Report on vaccination in the Province of Bengal - 1869-1873
Year: 1869
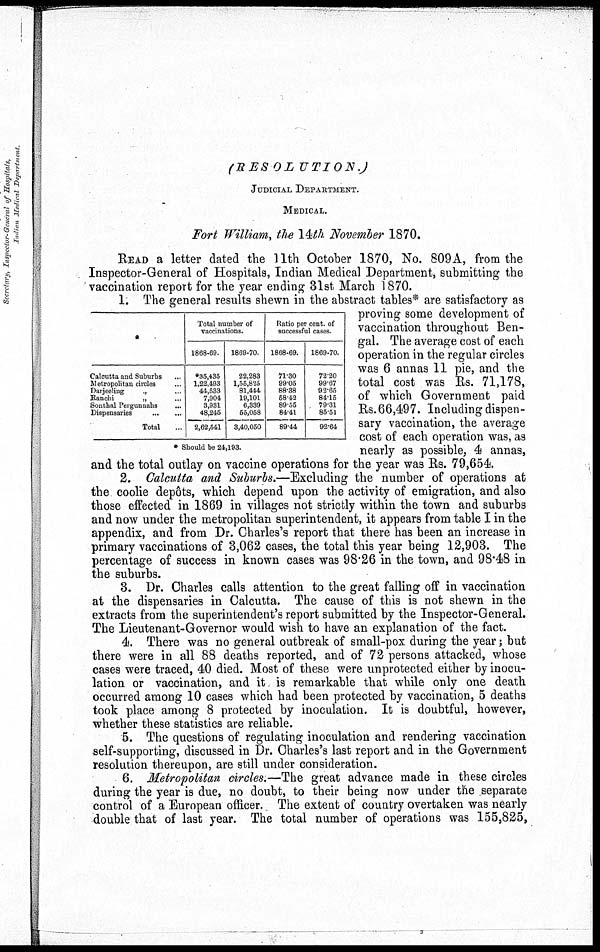
(RESOLUTION.)
JUDICIAL DEPARTMENT.
MEDICAL.
Fort William, the 14th November 1870.
READ a letter dated the 11th October 1870, No. 809A, from the
Inspector-General of Hospitals, Indian Medical Department, submitting the
vaccination report for the year ending 31st March 1870.
*
Calcutta and Suburbs ...
Metropolitan circles ...
Darjeeling
„ ...
Ranchi
„ ...
Sonthal Pergunnahs ...
Dispensaries
...
...
Total ...
Total number of
vaccinations.
1868-69.
*35,435
1,22,493
44,533
7,904
3,931
48,245
2,62,541
1869-70.
22,283
1,55,835
81,444
19,101
6,339
55,058
3,40,050
Ratio per cent. of
successful cases.
1868-69.
71.30
99.05
88.38
58.42
89.55
84.41
89.44
1869-70.
72.20
99.67
92.65
84.15
79.31
85.51
92.64
* Should be 24,193.
1. The general results shewn in the abstract tables* are satisfactory as
proving some development of
vaccination throughout Ben-
gal. The average cost of each
operation in the regular circles
was 6 annas 11 pie, and the
total cost was Rs. 71,178,
of which Government paid
Rs. 66,497. Including dispen-
sary vaccination, the average
cost of each operation was, as
nearly as possible, 4 annas,
and the total outlay on vaccine operations for the year was Rs. 79,654.
2. Calcutta and Suburbs.—Excluding the number of operations at
the coolie depôts, which depend upon the activity of emigration, and also
those effected in 1869 in villages not strictly within the town and suburbs
and now under the metropolitan superintendent, it appears from table I in the
appendix, and from Dr. Charles's report that there has been an increase in
primary vaccinations of 3,062 cases, the total this year being 12,903. The
percentage of success in known cases was 98.26 in the town, and 98.48 in
the suburbs.
3. Dr. Charles calls attention to the great falling off in vaccination
at the dispensaries in Calcutta. The cause of this is not shewn in the
extracts from the superintendent's report submitted by the Inspector-General.
The Lieutenant-Governor would wish to have an explanation of the fact.
4. There was no general outbreak of small-pox during the year; but
there were in all 88 deaths reported, and of 72 persons attacked, whose
cases were traced, 40 died. Most of these were unprotected either by inocu-
lation or vaccination, and it is remarkable that while only one death
occurred among 10 cases which had been protected by vaccination, 5 deaths
took place among 8 protected by inoculation. It is doubtful, however,
whether these statistics are reliable.
5. The questions of regulating inoculation and rendering vaccination
self-supporting, discussed in Dr. Charles's last report and in the Government
resolution thereupon, are still under consideration.
6. Metropolitan circles.—The great advance made in these circles
during the year is due, no doubt, to their being now under the separate
control of a European officer. The extent of country overtaken was nearly
double that of last year. The total number of operations was 155,825,